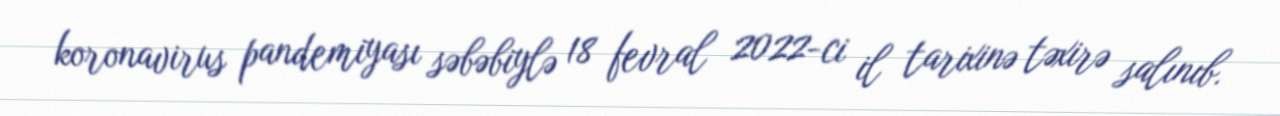
koronavirus pandemiyası səbəbiylə 18 fevral 2022-ci il tarixinə təxirə salınıb.